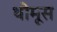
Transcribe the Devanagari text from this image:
थोमूस